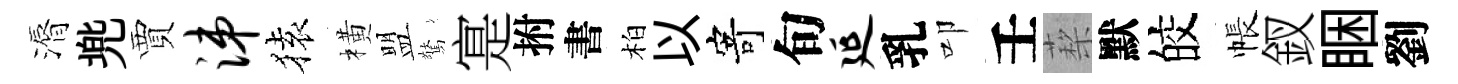
漘兠賈涕𫞤橫盟驚寔拊書柏以寄旬延乳叩壬蔾默皎帳釵睏劉